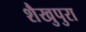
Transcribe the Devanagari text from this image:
शैखुपुरा